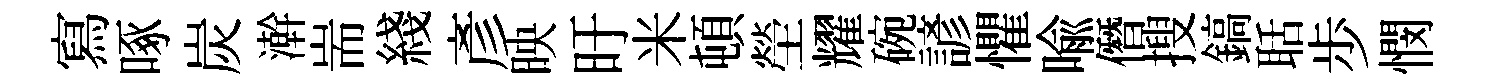
寫啄炭澣耑綫彥映旴米頓塋耀碗諺懼喩僭搜鎬聒歩憫